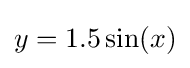
y=1.5\sin(x)